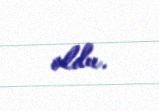
oldu.